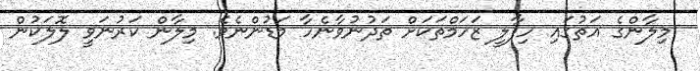
މިލާންގެ އަތުގައި ހިފާލީ ޒަހަމްތަކަށް ތަދުނުވާނެހާ މަޑުންނެވެ. މިލާން ކަރުނަވީ ލޮލަކުން